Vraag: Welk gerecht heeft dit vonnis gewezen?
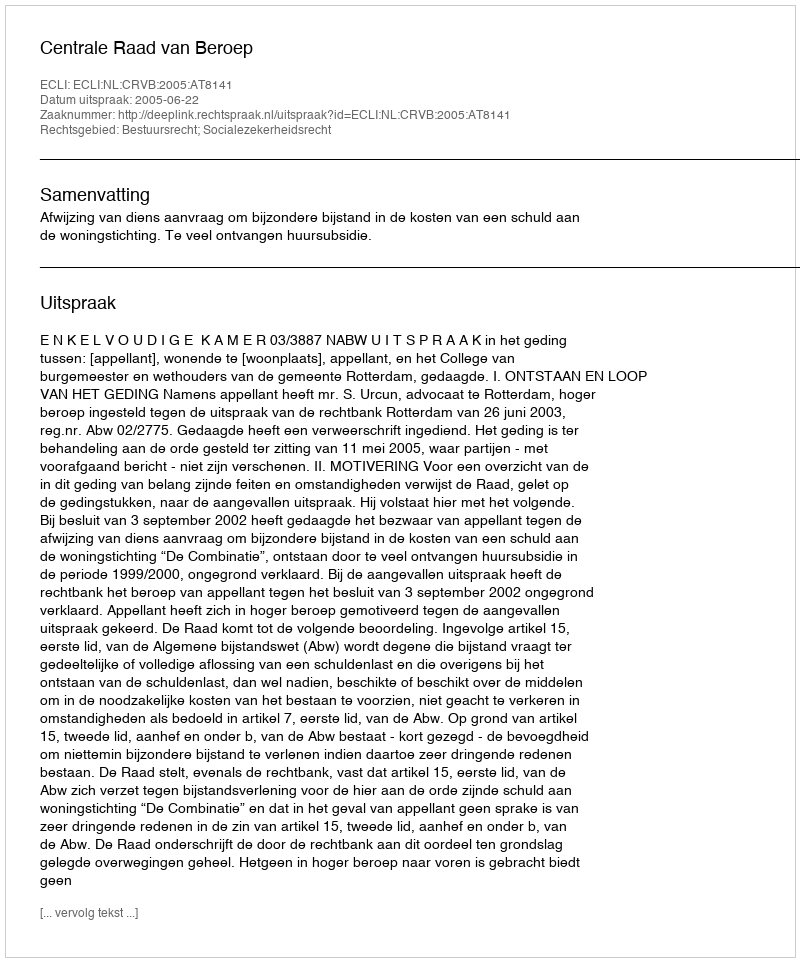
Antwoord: Centrale Raad van Beroep